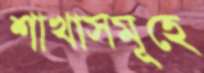
শাখাসমূহে